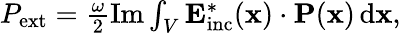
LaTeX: \begin{array}{r}{P_{\mathrm{ext}}=\frac{\omega}{2}\operatorname{Im}\int_{V}\mathbf{E}_{\mathrm{inc}}^{*}(\mathbf{x})\cdot\mathbf{P}(\mathbf{x})\, \mathrm{d}\mathbf{x},}\end{array}